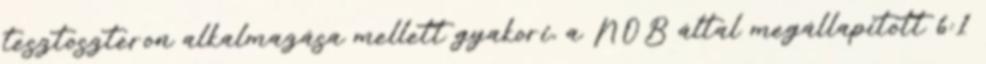
tesztoszteron alkalmazása mellett gyakori, a NOB által megállapított 6:1